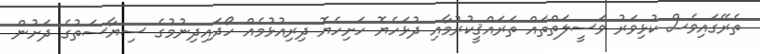
ތެރޭގައިވެސް ކުޅިވަރު ވަސީލަތްތައް ތަރައްޤީކުރުމާއި ދުޅަހެޔޮ ހަށިހެޔޮ ދިރިއުޅުމެއް ހޯދައިދިނުމުގެ ސިޔާސަތުގެ ދަށުން